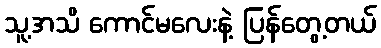
သူ့အသိ ကောင်မလေးနဲ့ ပြန်တွေ့တယ်